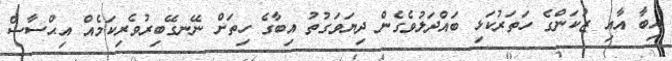
އިބާ އާއި ޒުކަންގެ ހަތަރުކަޅި ބައްދަލުވެގެން ދިޔަވަގުތު އިބާގެ ހިތަށް ނޭނގޭބިރުވެރިކަމެއް އިޙްސާސް